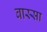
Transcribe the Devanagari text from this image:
बास्सा